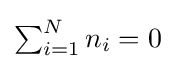
\textstyle \sum _{i=1}^{N}n_{i}=0